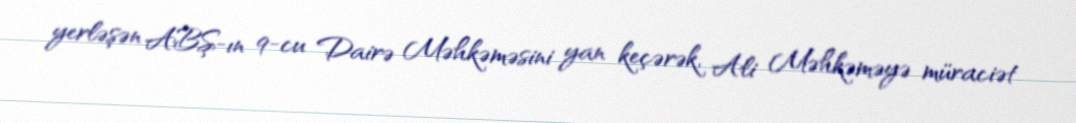
yerləşən ABŞ-ın 9-cu Dairə Məhkəməsini yan keçərək, Ali Məhkəməyə müraciət